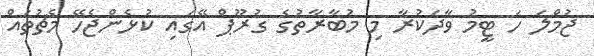
ޖުމްލަ ހަ ޓީމު ވާދަކުރާ މި މުބާރާތުގެ ގުރޫޕް އޭގައި ކުޅެންޖެހޭ މެޗުތައް